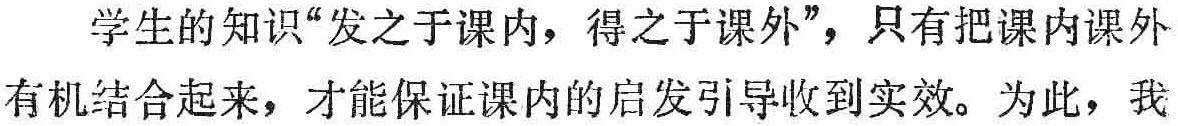
学生的知识“发之于课内，得之于课外”，只有把课内课外有机结合起来，才能保证课内的启发引导收到实效。为此，我